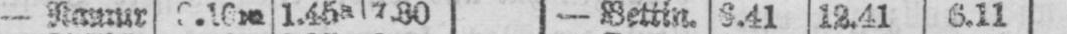
1.45a 7.30 - Bettin. 6.41 12.41 6.11